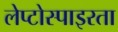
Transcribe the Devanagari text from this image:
लेप्टोस्पाइरता